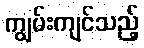
ကျွမ်းကျင်သည့်